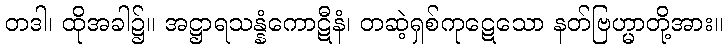
တဒါ၊ ထိုအခါ၌။ အဋ္ဌာရသန္နံကောဋီနံ၊ တဆဲ့ရှစ်ကုဋေသော နတ်ဗြဟ္မာတို့အား။